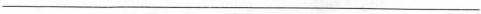
___